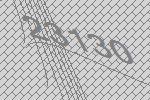
23130